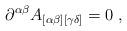
LaTeX: \begin{align*} \partial^{\alpha\beta} A_{[\alpha\beta][\gamma\delta]}=0\;,\end{align*}